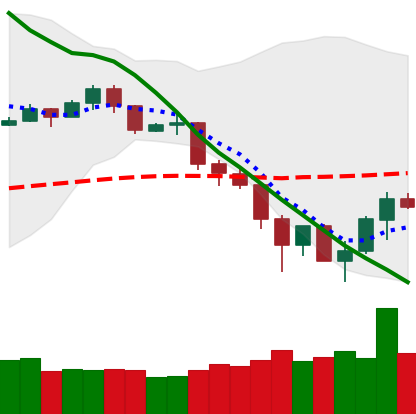
Ticker: TRX-USD
Chart end date: 2019-11-28
Forward return: -3.949%
Label: down_3_5